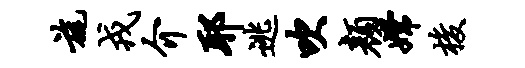
旄戎介耶逃吹颜嫦梭